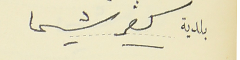
بلدية كفرشيما